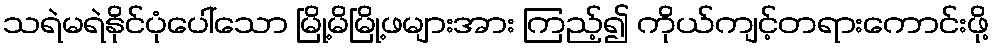
သရဲမရဲနိုင်ပုံပေါ်သော မြို့မိမြို့ဖများအား ကြည့်၍ ကိုယ်ကျင့်တရားကောင်းဖို့